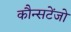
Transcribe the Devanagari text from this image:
कौन्सटेंजो